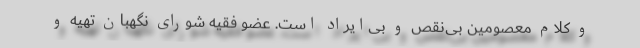
و کلام معصومین بی‌نقص و بی‌ایراد است. عضو فقیه شورای نگهبان تهیه و